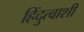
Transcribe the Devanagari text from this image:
हिंदुत्वाशी